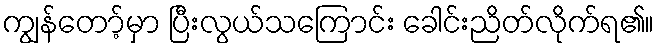
ကျွန်တော့်မှာ ပြီးလွယ်သကြောင်း ခေါင်းညိတ်လိုက်ရ၏။